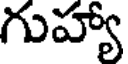
గుహ్యా